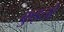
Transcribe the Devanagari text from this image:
कुइतो